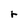
Character: r